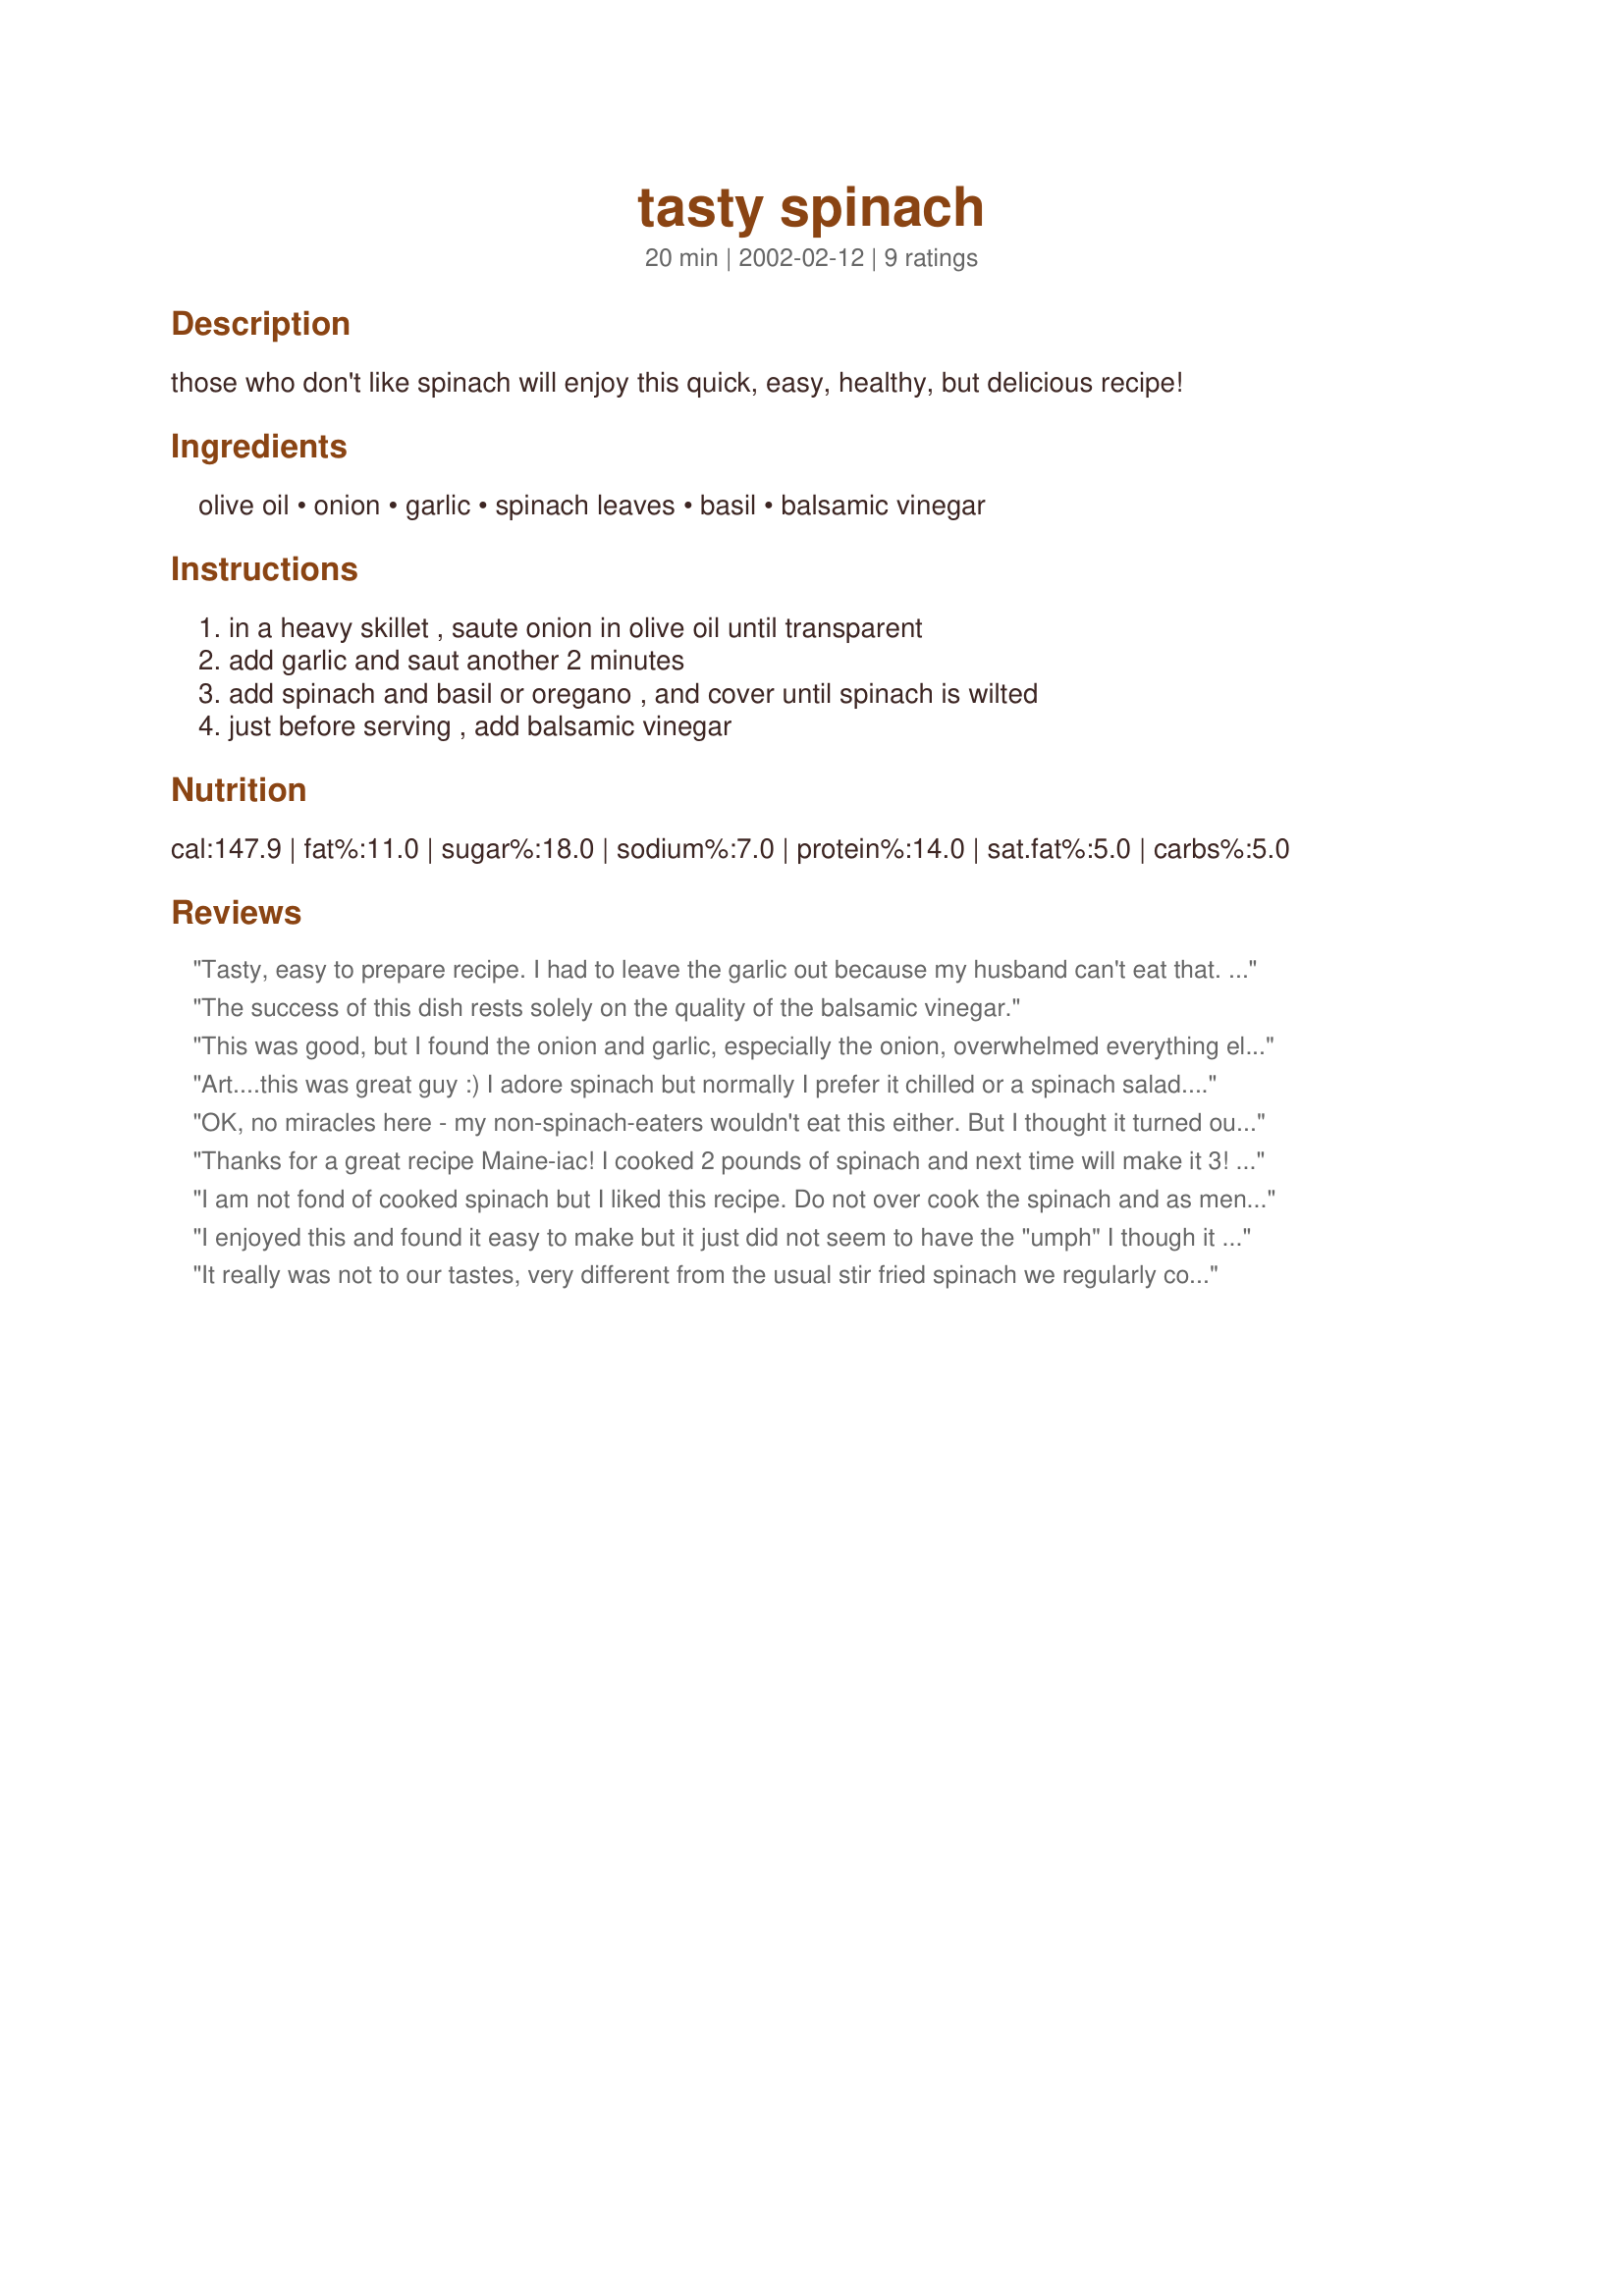
tasty spinach
Preparation time: 20 minutes

those who don't like spinach will enjoy this quick, easy, healthy, but delicious recipe!

Ingredients:
olive oil, onion, garlic, spinach leaves, basil, balsamic vinegar

Steps:
in a heavy skillet , saute onion in olive oil until transparent, add garlic and saut another 2 minutes, add spinach and basil or oregano , and cover until spinach is wilted, just before serving , add balsamic vinegar

Reviews:
Tasty, easy to prepare recipe. I had to leave the garlic out because my husband can't eat that. But, we enjoyed it without it. I'll be making this again, thanks for the recipe!
The success of this dish rests solely on the quality of the balsamic vinegar.
This was good, but I found the onion and garlic, especially the onion, overwhelmed everything else. I also wasn't sure whether the basil should be fresh or dried. I used fresh, and sprinkled on some dried oregano for good measure. Neither was very noticeable, so I suspect it should have been dried.
Art....this was great guy :)
I adore spinach but normally I prefer it chilled or a spinach salad. Also, as a rule, I do not like balsamic vinegar (I'm a garlic wine vinegar nut myself) but this was excellent. I used the oregano, very good side dish, thank you for posting it!
OK, no miracles here - my non-spinach-eaters wouldn't eat this either. But I thought it turned out well and I enjoyed it. I used a 10 oz bag of cleaned spinach and the basil. It wound up a little heavy on the onion, because I think I had a larger onion. Very easy.
Thanks for a great recipe Maine-iac! I cooked 2 pounds of spinach and next time will make it 3! (this was for 4 people). Will cook this again!
I am not fond of cooked spinach but I liked this recipe. Do not over cook the spinach and as mentioned in another review use a good quality Balsamic - it gives just the right finishing flavor. I may eat cooked spinach more often now. Thanks Maine-iac for posting this recipe
I enjoyed this and found it easy to make but it just did not seem to have the "umph" I though it would. I love balsamic vinegar but it just did not seem to work in this recipe for me!! Maybe I overcooked it or something??
It really was not to our tastes, very different from the usual stir fried spinach we regularly cook. Thank you for sharing though.
